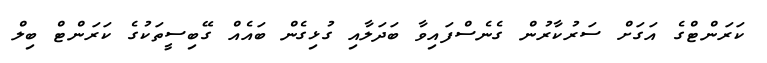
ކަރަންޓްގެ އަގަށް ސަރުކާރުން ގެނެސްފައިވާ ބަދަލާއި ގުޅިގެން ބައެެއް ގޭބިސީތަކުގެ ކަރަންޓް ބިލް